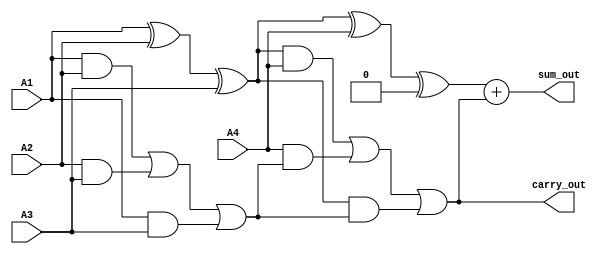
module carry_save_adder (
    input [7:0] A1,
    input [7:0] A2,
    input [7:0] A3,
    input [7:0] A4,
    output [7:0] sum_out,
    output [7:0] carry_out
);

    // Carry Save Adder for 3 inputs
    function [7:0] csa_sum;
        input [7:0] A, B, C;
        begin
            csa_sum = A ^ B ^ C; // Sum output
        end
    endfunction

    function [7:0] csa_carry;
        input [7:0] A, B, C;
        begin
            csa_carry = (A & B) | (B & C) | (A & C); // Carry output
        end
    endfunction

    // Intermediate sums and carries
    wire [7:0] sum1, carry1;
    wire [7:0] sum2, carry2;

    // Stage 1: CSA for A1, A2, A3
    assign sum1 = csa_sum(A1, A2, A3);
    assign carry1 = csa_carry(A1, A2, A3);

    // Stage 2: CSA for sum1, A4, carry1
    assign sum2 = csa_sum(sum1, A4, 8'b0); // Adding carry-in of 0
    assign carry2 = csa_carry(sum1, A4, carry1);

    // Final addition
    assign sum_out = sum2 + carry2; // Final result
    assign carry_out = carry2; // Final carry output

endmodule